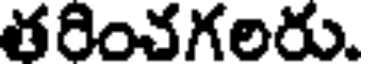
తరించగలరు.